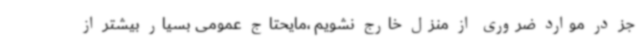
جز در موارد ضروری از منزل خارج نشویم ،مایحتاج عمومی بسیار بیشتر از